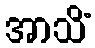
အာသိံ